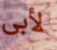
لأبى